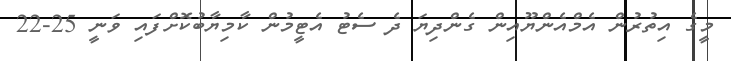
މީގެ އިތުރުން އެމްއެންޔޫއިން ގެންދިޔަ ދެ ސެޓު އެޓީމުން ކާމިޔާބުކޮށްފައި ވަނީ 25-22